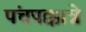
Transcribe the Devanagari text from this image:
पंचपक्कान्ने